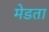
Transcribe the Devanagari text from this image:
मेडता